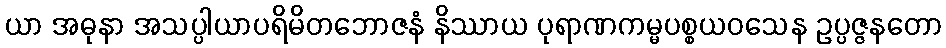
ယာ အဓုနာ အသပ္ပါယာပရိမိတဘောဇနံ နိဿာယ ပုရာဏကမ္မပစ္စယဝသေန ဥပ္ပဇ္ဇနတော